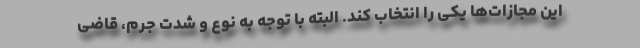
این مجازات‌ها یکی را انتخاب کند. البته با توجه به نوع و شدت جرم، قاضی